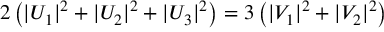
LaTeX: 2 \left( | U _ { 1 } | ^ { 2 } + | U _ { 2 } | ^ { 2 } + | U _ { 3 } | ^ { 2 } \right) = 3 \left( | V _ { 1 } | ^ { 2 } + | V _ { 2 } | ^ { 2 } \right)